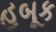
હબૂક